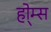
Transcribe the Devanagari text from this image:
हो्म्स